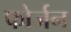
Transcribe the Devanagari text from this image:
फोर्जन